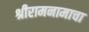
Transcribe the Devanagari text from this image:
श्रीरामनामाचा